Report by Surgeon-Captain Childe, I.M.S. - Part II
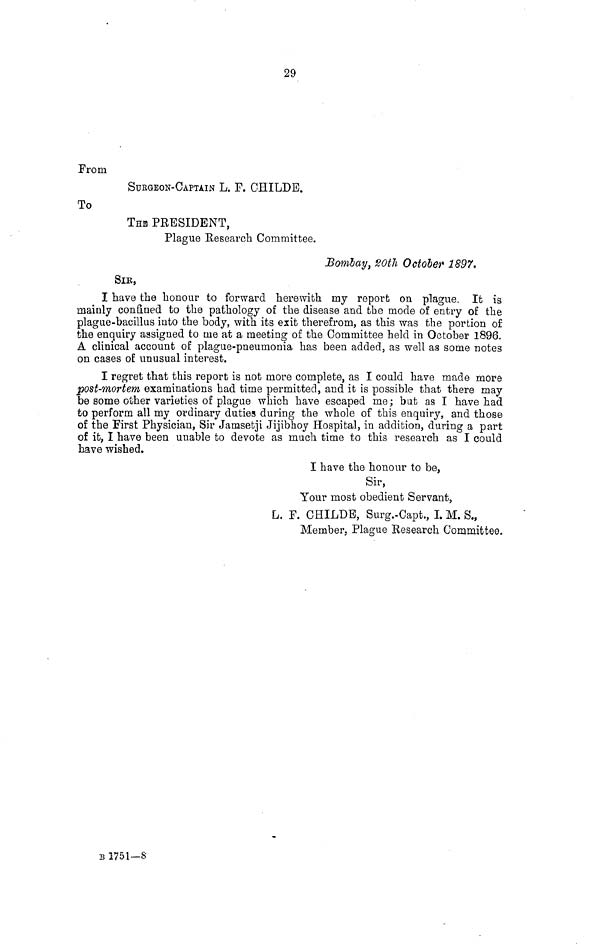
29
From
SURGEON-CAPTAIN L. F. CHILDE.
To
THE PRESIDENT,
Plague Research Committee.
Bombay, 20th October 1897,
SIR,
I have the honour to forward herewith my report on plague. It is
mainly confined to the pathology of the disease and the mode of entry of the
plague-bacillus into the body, with its exit therefrom, as this was the portion of
the enquiry assigned to me at a meeting of the Committee held in October 1896.
A clinical account of plague-pneumonia has been added, as well as some notes
on cases of unusual interest.
I regret that this report is not more complete, as I could have made more
post-mortem examinations had time permitted, and it is possible that there may
be some other varieties of plague which have escaped me; but as I have had
to perform all my ordinary duties during the whole of this enquiry, and those
of the First Physician, Sir Jamsetji Jijibhoy Hospital, in addition, during a part
of it, I have been unable to devote as much time to this research as I could
have wished.
I have the honour to be,
Sir,
Your most obedient Servant,
L. F. CHILDE, Surg.-Capt., I. M. S.,
Member, Plague Research Committee.
B 1751—8